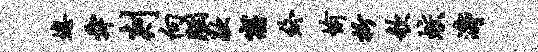
熄舜剡向胭歇寤终愉折欹蛟涛